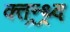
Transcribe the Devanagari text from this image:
क्तन्र्थ्र्द